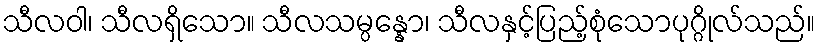
သီလဝါ၊ သီလရှိသော။ သီလသမ္ပန္နော၊ သီလနှင့်ပြည့်စုံသောပုဂ္ဂိုလ်သည်။